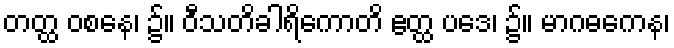
တတ္ထ ဝစနေ၊ ၌။ ဝီသတိခါရိကောတိ ဧတ္ထ ပဒေ၊ ၌။ မာဂဓကေန၊